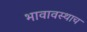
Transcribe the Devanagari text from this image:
भावावस्थाच